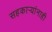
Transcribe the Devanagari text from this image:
सहकार्‍यांनाही